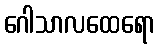
ဂေါသာလထေရော